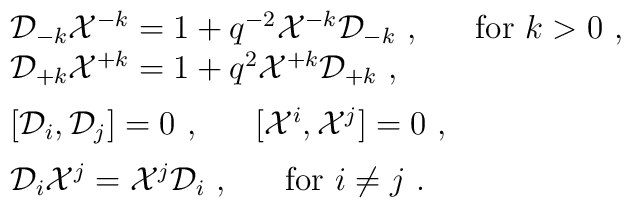
\begin{array}{l}{\cal D}_{-k}{\cal X}^{-k}=1+q^{-2}{\cal X}^{-k}{\cal D}_{-k}~,~~~~~{\rm for}~k>0~,\\{\cal D}_{+k}{\cal X}^{+k}=1+q^{2}{\cal X}^{+k}{\cal D}_{+k}~,\\[2mm][{\cal D}_i,{\cal D}_j]=0~,~~~~~[{\cal X}^i,{\cal X}^j]=0~,\\[2mm]{\cal D}_i{\cal X}^j={\cal X}^j{\cal D}_i~,~~~~~{\rm for}~ i\not=j~.\end{array}